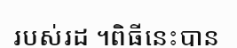
របស់រដ្ឋ ។ពិធីនេះបាន